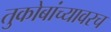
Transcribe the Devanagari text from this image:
तुकोबांच्यावरच